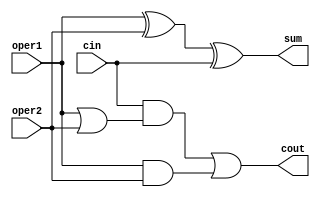
module jbi_adder_1b(
   cout, sum, 
   oper1, oper2, cin
   );
input   oper1;
input   oper2;
input   cin;
output  cout;
output  sum;
assign  sum = oper1 ^ oper2 ^ cin ;
assign  cout =  ( cin & ( oper1 | oper2 ) ) |
                ( oper1 & oper2 ) ;
endmodule